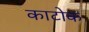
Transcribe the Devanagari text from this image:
काटोक